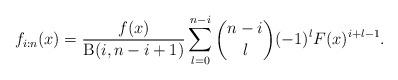
LaTeX: \begin{align*}f_{i:n}(x)=\frac{f(x)}{\operatorname{B}(i,n-i+1)}\sum_{l=0}^{n-i}\binom{n-i}{l}(-1)^lF(x)^{i+l-1}.\end{align*}